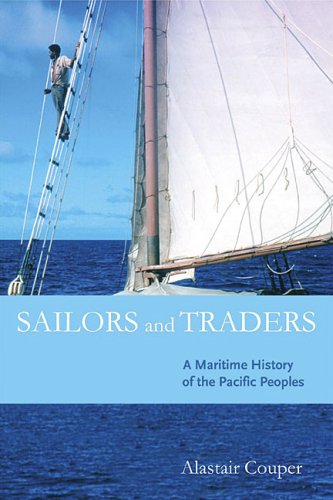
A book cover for Sailors and Traders: A Maritime History of the Pacific Peoples; Alastair Couper; History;